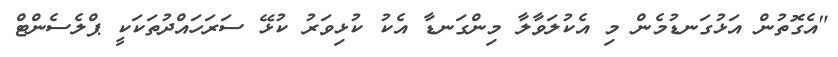
"އެގޮތުން އަޅުގަނޑުމެން މި އެކުލަވާލާ މިންގަނޑާ އެކު ކުޅިވަރު ކުޅޭ ސަރަހައްދުތަކަކީ ޕްލެސެންޓް